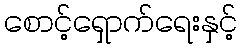
စောင့်ရှောက်ရေးနှင့်